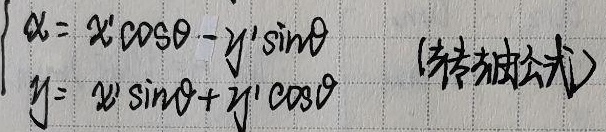
\[\begin{cases}x = x'\cos\theta - y'\sin\theta \\y = x'\sin\theta + y'\cos\theta\end{cases}\]（转轴公式）